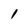
Character: 1